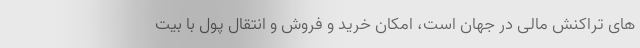
های تراکنش مالی در جهان است، امکان خرید و فروش و انتقال پول با بیت